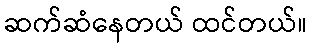
ဆက်ဆံနေတယ် ထင်တယ်။